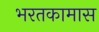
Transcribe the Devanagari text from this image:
भरतकामास